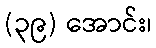
(၃၉) အောင်း၊